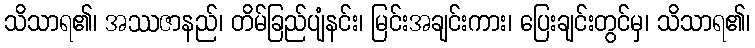
သိသာရ၏၊ အဿဇာနည်၊ တိမ်ခြည်ပျံနင်း၊ မြင်းအချင်းကား၊ ပြေးချင်းတွင်မှ၊ သိသာရ၏၊